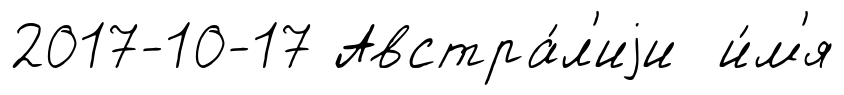
2017-10-17 Австра́л'иjи и́м'я